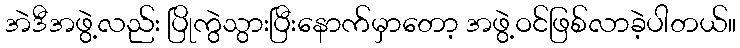
အဲဒီအဖွဲ့လည်း ပြိုကွဲသွားပြီးနောက်မှာတော့ အဖွဲ့ဝင်ဖြစ်လာခဲ့ပါတယ်။